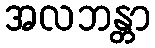
အလဘန္တာ